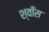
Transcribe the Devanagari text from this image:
श्वाँस